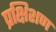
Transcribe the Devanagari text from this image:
प्रक्षिशण